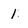
Character: 1